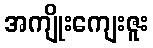
အကျိုးကျေးဇူး